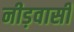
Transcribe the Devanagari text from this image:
नीड़वासी